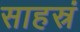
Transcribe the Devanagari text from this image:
साहस्रं